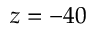
z = - 4 0